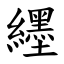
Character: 纆